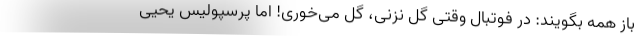
باز همه بگویند: در فوتبال وقتی گل نزنی، گل می‌خوری! اما پرسپولیس یحیی